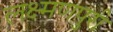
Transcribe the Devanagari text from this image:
लक्ष्मणपुरी